Indian journal of veterinary science and animal husbandry - Volume 4,
Year: 1934
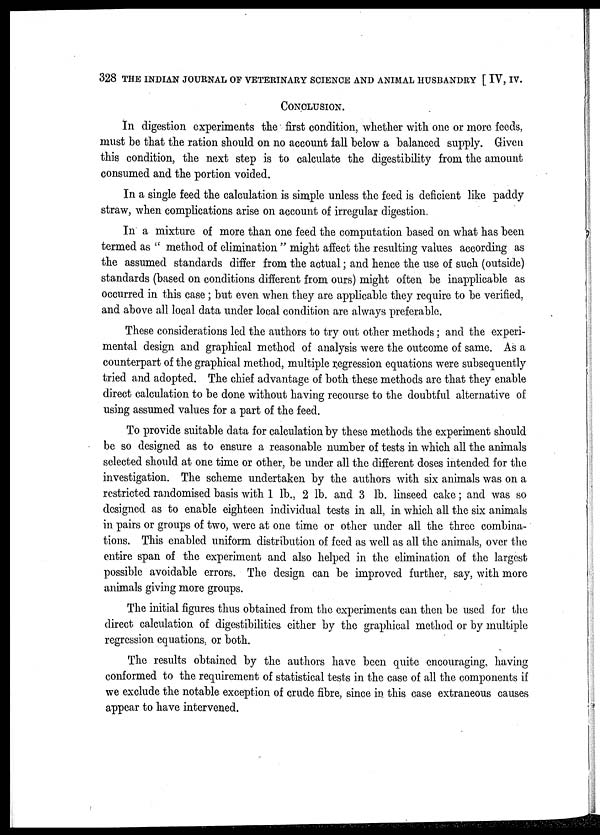
328 THE INDIAN JOURNAL OF VETERINARY SCIENCE AND ANIMAL HUSBANDRY [ IV, IV.
CONCLUSION.
In digestion experiments the first condition, whether with one or more feeds,
must be that the ration should on no account fall below a balanced supply. Given
this condition, the next step is to calculate the digestibility from the amount
consumed and the portion voided.
In a single feed the calculation is simple unless the feed is deficient like paddy
straw, when complications arise on account of irregular digestion,
In a mixture of more than one feed the computation based on what has been
termed as " method of elimination " might affect the resulting values according as
the assumed standards differ from the actual; and hence the use of such (outside)
standards (based on conditions different from ours) might often be inapplicable as
occurred in this case ; but even when they are applicable they require to be verified,
and above all local data under local condition are always preferable.
These considerations led the authors to try out other methods ; and the experi-
mental design and graphical method of analysis were the outcome of same. As a
counterpart of the graphical method, multiple regression equations were subsequently
tried and adopted. The chief advantage of both these methods are that they enable
direct calculation to be done without having recourse to the doubtful alternative of
using assumed values for a part of the feed.
To provide suitable data for calculation by these methods the experiment should
be so designed as to ensure a reasonable number of tests in which all the animals
selected should at one time or other, be under all the different doses intended for the
investigation. The scheme undertaken by the authors with six animals was on a
restricted randomised basis with 1 lb., 2 lb. and 3 lb. linseed cake; and was so
designed as to enable eighteen individual tests in all, in which all the six animals
in pairs or groups of two, were at one time or other under all the three combina-
tions. This enabled uniform distribution of feed as well as all the animals, over the
entire span of the experiment and also helped in the elimination of the largest
possible avoidable errors. The design can be improved further, say, with more
animals giving more groups.
The initial figures thus obtained from the experiments can then be used for the
direct calculation of digestibilities either by the graphical method or by multiple
regression equations, or both.
The results obtained by the authors have been quite encouraging, having
conformed to the requirement of statistical tests in the case of all the components if
we exclude the notable exception of crude fibre, since in this case extraneous causes
appear to have intervened.